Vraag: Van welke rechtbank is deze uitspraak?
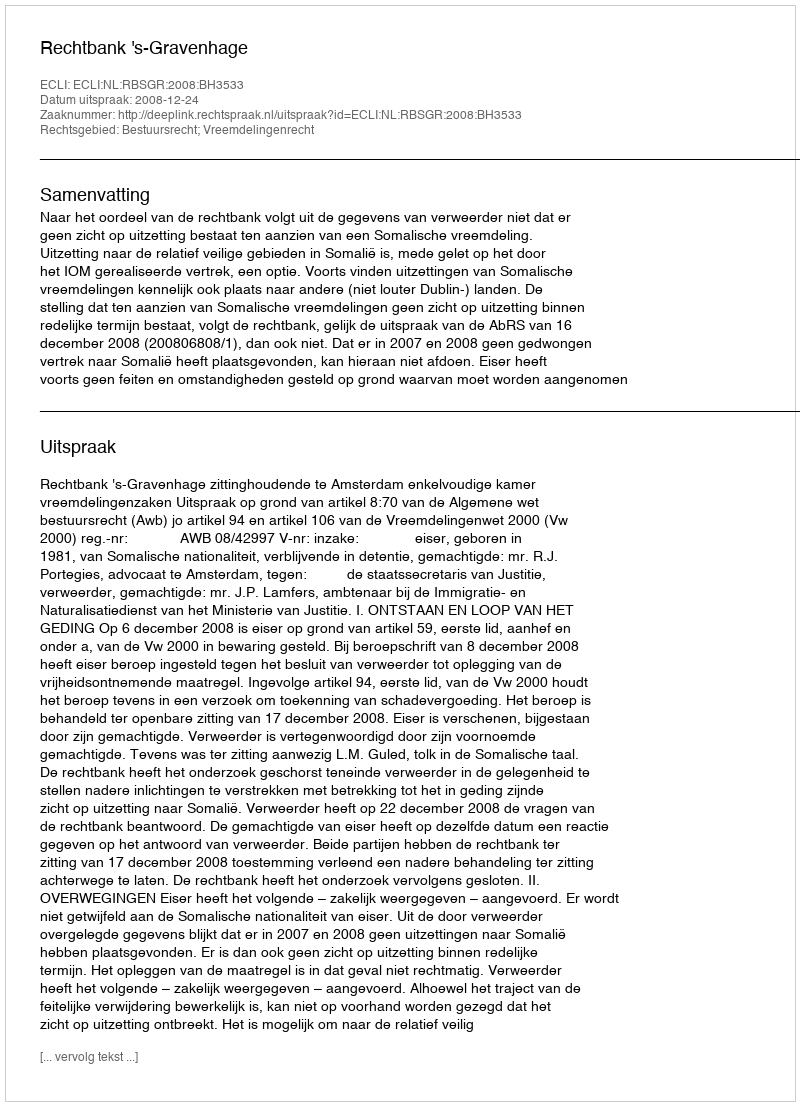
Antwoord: Rechtbank 's-Gravenhage